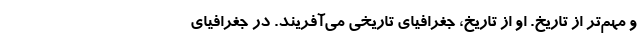
و مهم‌تر از تاریخ. او از تاریخ، جغرافیای تاریخی می‌آفریند. در جغرافیای